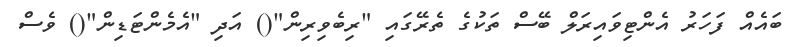
ބައެއް ފަހަރު އެންޓިވައިރަލް ބޭސް ތަކުގެ ތެރޭގައި "ރިބެވިރިން"() އަދި "އެމެންޓަޑިން"() ވެސް